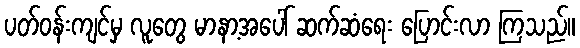
ပတ်ဝန်းကျင်မှ လူတွေ မာနာ့အပေါ် ဆက်ဆံရေး ပြောင်းလာ ကြသည်။